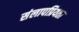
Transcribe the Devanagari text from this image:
संलापप्रियता